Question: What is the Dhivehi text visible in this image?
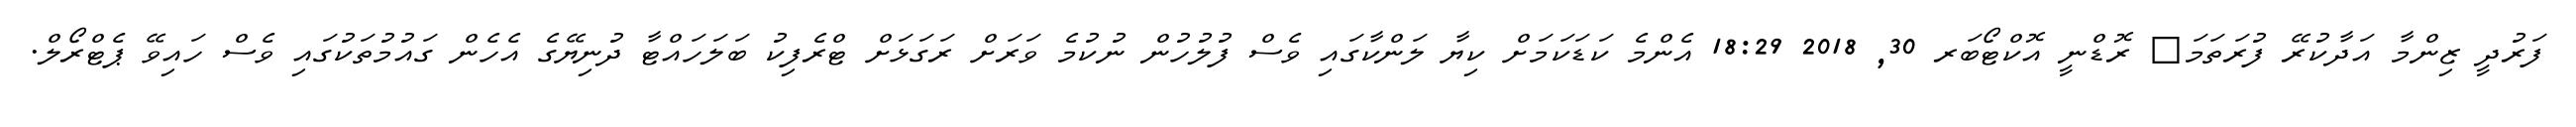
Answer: ފަރުދީ ޒިންމާ އަދާކުރޭ ފުރަތަމަ? ރޮޑްނީ އޮކްޓޯބަރ 30, 2018 18:29 އެންމެ ކަޑަކަމަށް ކިޔާ ލަންކާގައި ވެސް ފުލުހުން ނުކުމެ ވަރަށް ރަގަޅަށް ޓްރެފިކު ބަލަހައްޓާ ދުނިޔޭގެ އެހެން ގައުމުތަކުގައި ވެސް ހައިވޭ ޕެޓްރޯލް.